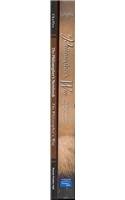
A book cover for The Philosopher's Way: Thinking Critically About Profound Ideas; John Chaffee; Teen & Young Adult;